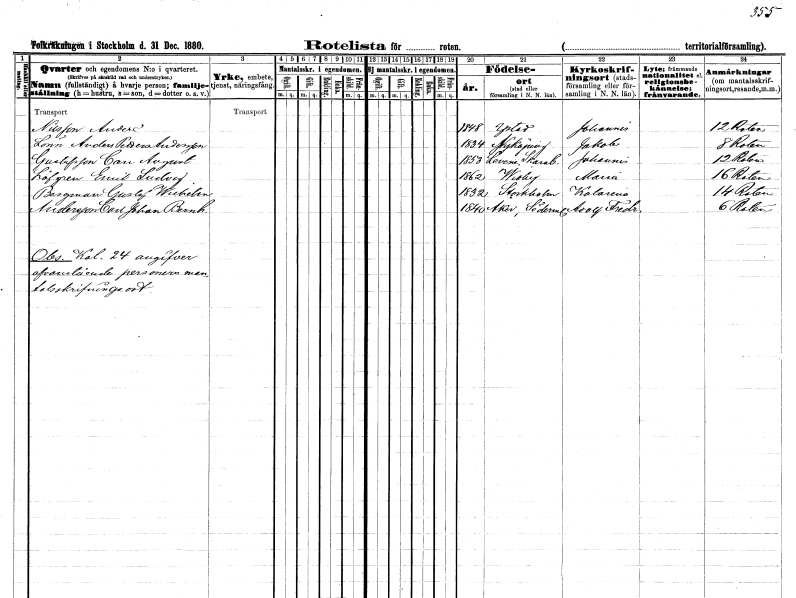
gt_parse: households: individuals: FN: Anders
EN: Nilsson
KON: M
CIV: U
FODAR: 1848
FODFORS: Ystad Malmöhus län
FN: Anders Petter
EN: Lönn Andersson
KON: M
CIV: U
FODAR: 1834
FODFORS: Nyköping Södermanlands län
FN: Carl August
EN: Gustafsson
KON: M
CIV: U
FODAR: 1853
FODFORS: Levene Skaraborgs län
FN: Emil Ludvig
EN: Löfgren
KON: M
CIV: U
FODAR: 1862
FODFORS: Visby Gotlands län
FN: Gustaf Wilhelm
EN: Bergman
KON: M
CIV: U
FODAR: 1832
FODFORS: Stockholm
FN: Carl Johan Bernhard
EN: Andersson
KON: M
CIV: U
FODAR: 1840
FODFORS: Åker Södermanlands län